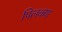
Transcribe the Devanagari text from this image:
पिलक्या